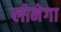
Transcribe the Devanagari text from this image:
लोमेगा